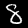
Label: 8